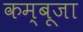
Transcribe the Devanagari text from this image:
कम्बूजा